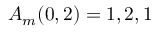
A _ { m } ( 0 , 2 ) = 1 , 2 , 1